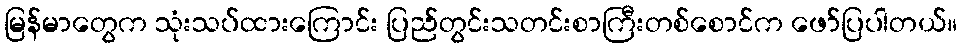
မြန်မာတွေက သုံးသပ်ထားကြောင်း ပြည်တွင်းသတင်းစာကြီးတစ်စောင်က ဖော်ပြပါတယ်။